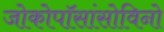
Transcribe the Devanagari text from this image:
जोकोपॉसांसोविनो